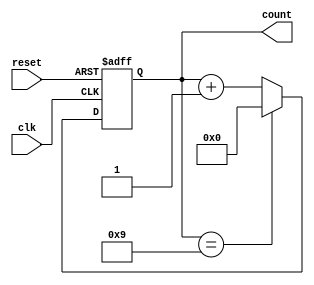
module decade_counter (
    input wire clk,          // Clock input
    input wire reset,        // Asynchronous reset
    output reg [3:0] count   // 4-bit output for count (0-9)
);

// Always block triggered by the clock and reset signals
always @(posedge clk or posedge reset) begin
    if (reset) begin
        count <= 4'b0000;  // Reset count to 0
    end else begin
        if (count == 4'b1001) begin
            count <= 4'b0000;  // Reset after counting to 9
        end else begin
            count <= count + 1; // Increment count
        end
    end
end

endmodule